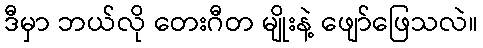
ဒီမှာ ဘယ်လို တေးဂီတ မျိုးနဲ့ ဖျော်ဖြေသလဲ။